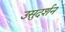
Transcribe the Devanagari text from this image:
उसुदर्शन